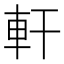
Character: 軒